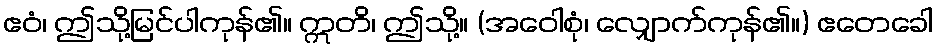
ဧဝံ၊ ဤသို့မြင်ပါကုန်၏။ ဣတိ၊ ဤသို့။ (အဝေါစုံ၊ လျှောက်ကုန်၏။) ဧတေခေါ